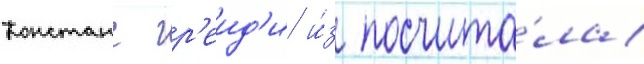
Констанс гр'еид'и и́з посчита́ла